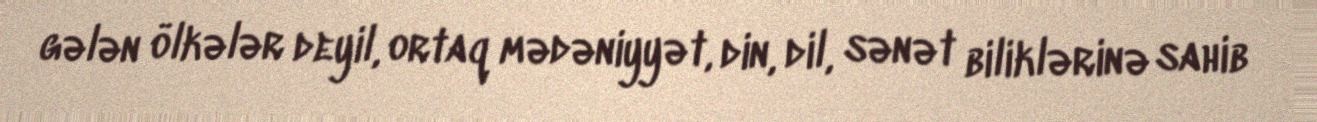
gələn ölkələr deyil, ortaq mədəniyyət, din, dil, sənət biliklərinə sahib